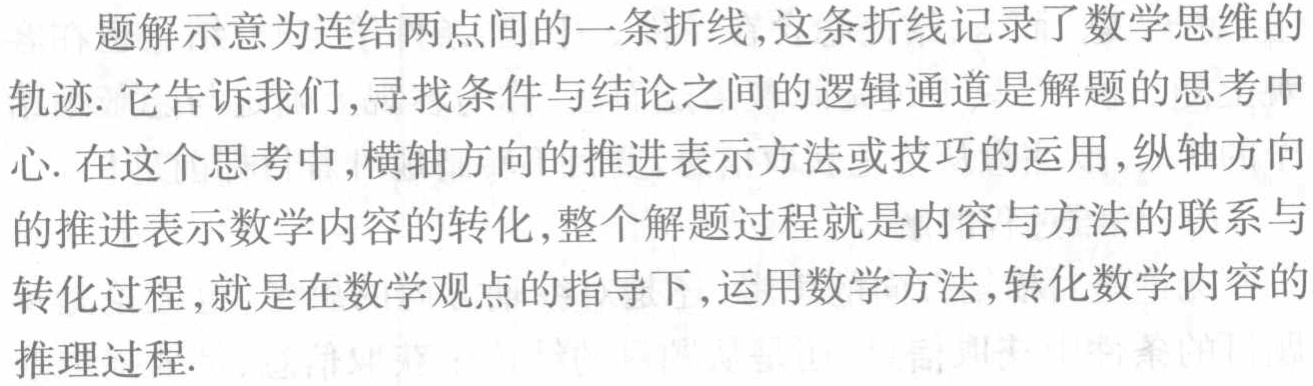
题解示意为连结两点间的一条折线,这条折线记录了数学思维的
轨迹. 它告诉我们,寻找条件与结论之间的逻辑通道是解题的思考中
心. 在这个思考中,横轴方向的推进表示方法或技巧的运用,纵轴方向
的推进表示数学内容的转化,整个解题过程就是内容与方法的联系与
转化过程,就是在数学观点的指导下,运用数学方法,转化数学内容的
推理过程.